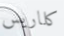
كلاريس